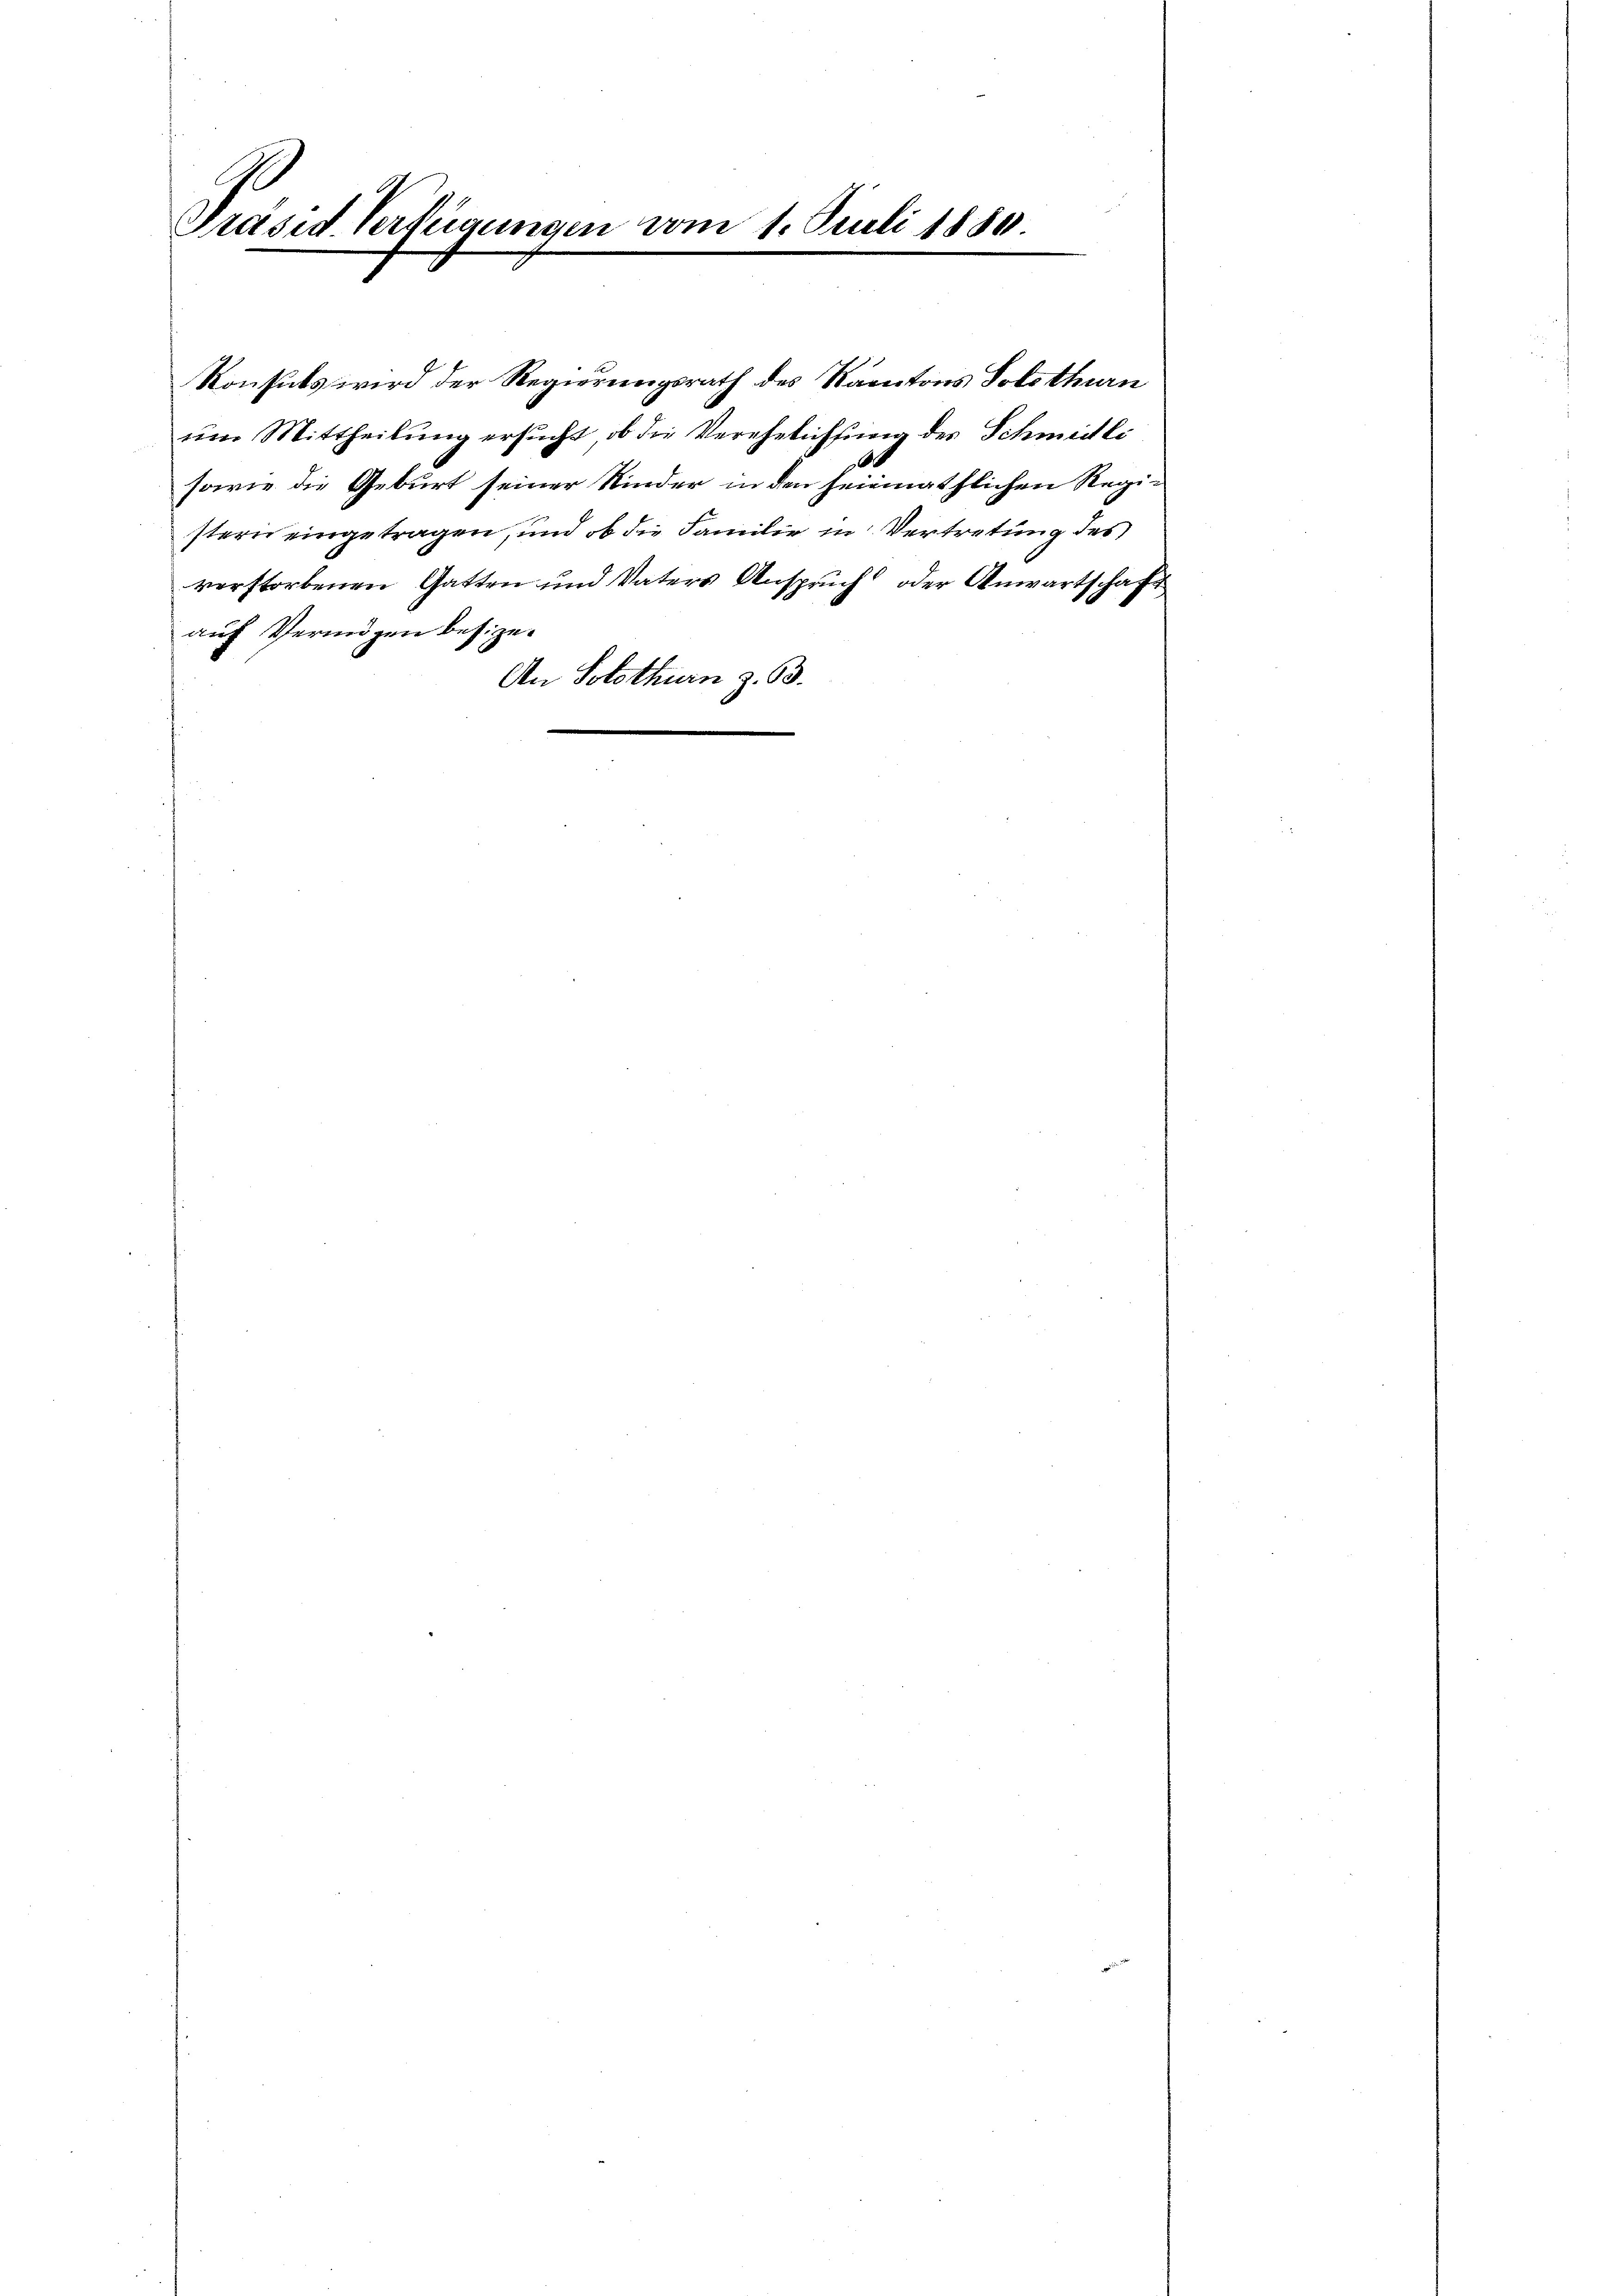
G
Präsid. Verfügungen vom 1. Juli 1880
e

Konsuls wird der Regierungsrath des Kantons Solothurn
ŭm Mittheilung ersŭcht, ob die Verehelichtung des Schmeitli
6
sowie die Geburt seiner Kinder in den heimathlichen Registern eingetragen, und ob die Familie in Vertretung des
verstorbenen Gatten und Vaters Anspruch oder Anwartschaft
auf Vermögen besize¬
An Solothurn z. 63.